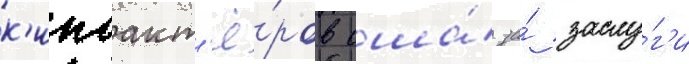
к'иноакт'ё́ров сша́ за́ заслу́г'и